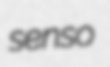
senso